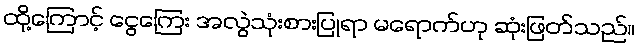
ထို့ကြောင့် ငွေကြေး အလွဲသုံးစားပြုရာ မရောက်ဟု ဆုံးဖြတ်သည်။